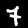
Label: 7